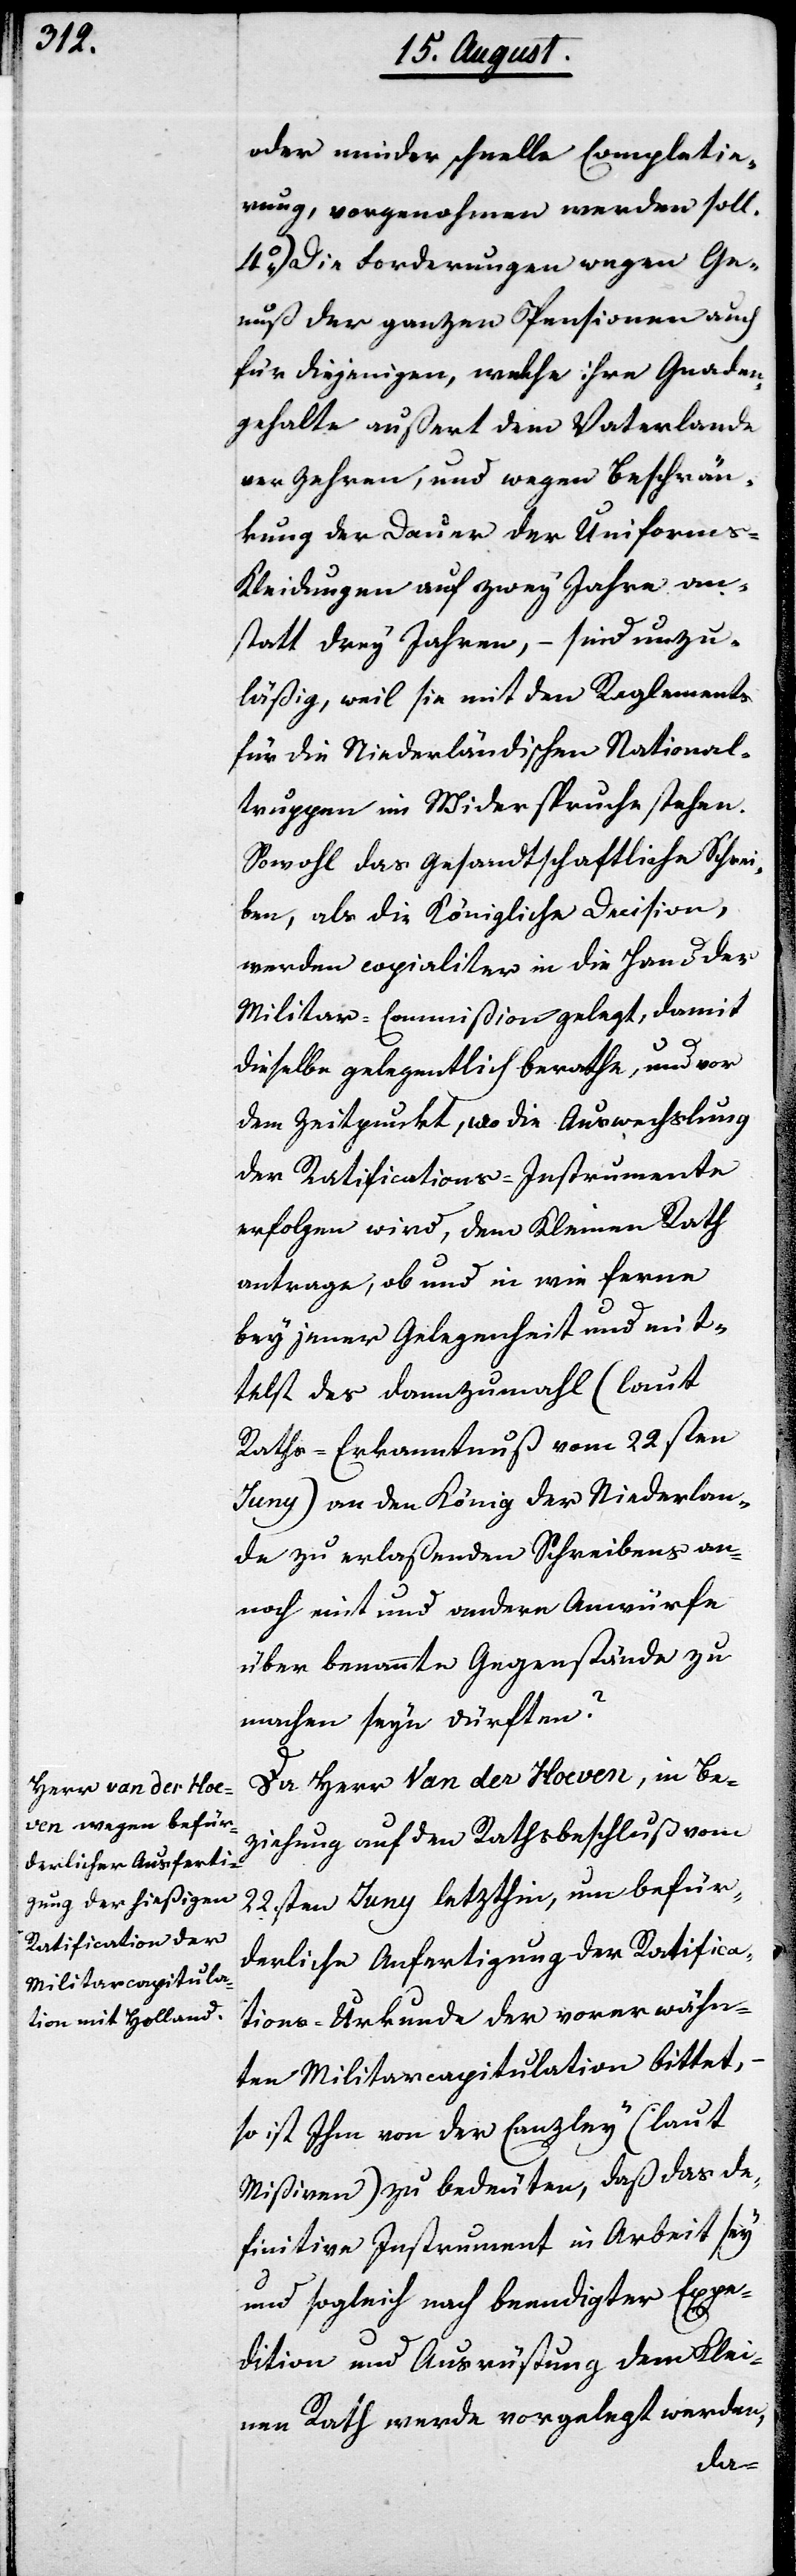
oder minder schnelle Completie¬
rung, vorgenohmen werden soll.
4.) Die Forderungen wegen Ge¬
nuß der ganzen Pensionen auch
für diejenigen, welche ihre Gnaden¬
gehalte außert dem Vaterlande
verzehren, und wegen Beschrän¬
kung der Dauer der Uniforms-K¬
leidungen auf zwey Jahre an¬
statt drey Jahre, – sind unzu¬
läßig, weil sie mit den Reglements
für die Niederländischen National¬
truppen im Widerspruche stehen.
Sowohl das Gesandtschaftliche Schrei¬
ben, als die Königliche Decision,
werden copialiter in der Hand der
Militar-Commißion gelegt, damit
dieselbe gelegentlich berathe, und vor
dem Zeitpunkt, wo die Auswechslung
der Ratifications-Instrumente
erfolgen wird, dem Kleinen Rath
antrage, ob und in wie ferne
bey jener Gelegenheit und mit¬
telst des dannzumahl (laut
Raths-Erkanntnuß vom 22sten
Juny) an den König der Niederlan¬
de zu erlaßenden Schreibens an¬
noch eint und andere Anwürfe
über benannte Gegenstände zu
machen seyn dürften?
Da Herr van der Hoeven, in Be¬
ziehung auf den Rathsbeschluß vom
22sten Juny letzthin, um befür¬
derliche Ausfertigung der Ratifica¬
tions-Urkunde der vorerwähn¬
ten Militarcapitulation bittet,
so ist Ihm von der Canzley (laut
Mißiven) zu bedeuten, daß das de¬
finitive Instrument in Arbeit sey
und sogleich nach beendigter Expe¬
dition und Ausrüstung dem Klei¬
nen Rath werde vorgelegt werden,